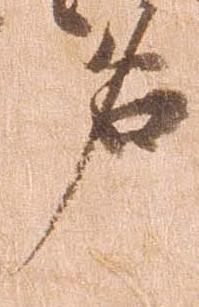
名